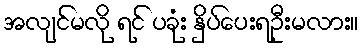
အလျင်မလို ရင် ပခုံး နှိပ်ပေးရဦးမလား။